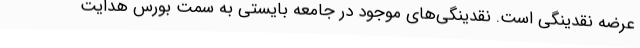
عرضه نقدینگی است. نقدینگی‌های موجود در جامعه بایستی به سمت بورس هدایت